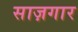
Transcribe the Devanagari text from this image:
साज़गार